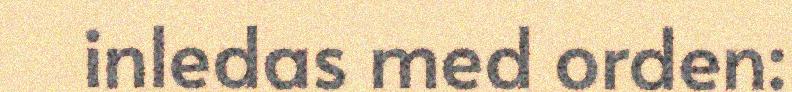
inledas med orden: